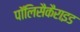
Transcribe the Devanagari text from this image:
पॉलिसैकैराइड